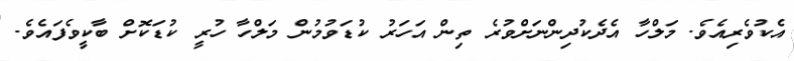
އެކުވެރިއެވެ. މަލްހާ އެދެކުދިންނަށްވުރެ ތިން އަހަރު ކުޑަވުމުން މަލްހާ ހުރީ ކުޑަކޮށް ބާކީވެފައެވެ.